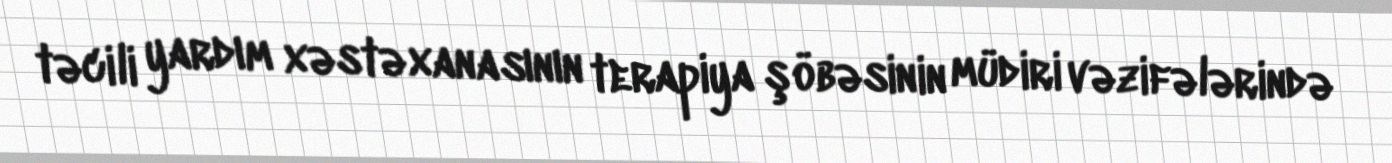
təcili yardım xəstəxanasının terapiya şöbəsinin müdiri vəzifələrində